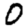
Digit: 0